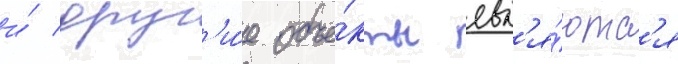
и́ друг'и́е объе́кты явл'я́ютс'я